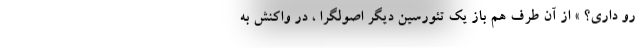
رو داری؟ » از آن طرف هم باز یک تئورسین دیگر اصولگرا ، در واکنش به